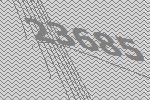
23685